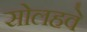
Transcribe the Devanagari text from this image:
सोलहवे